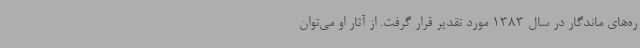
ره‌های ماندگار در سال 1383 مورد تقدیر قرار گرفت. از آثار او می‌توان